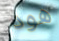
هود